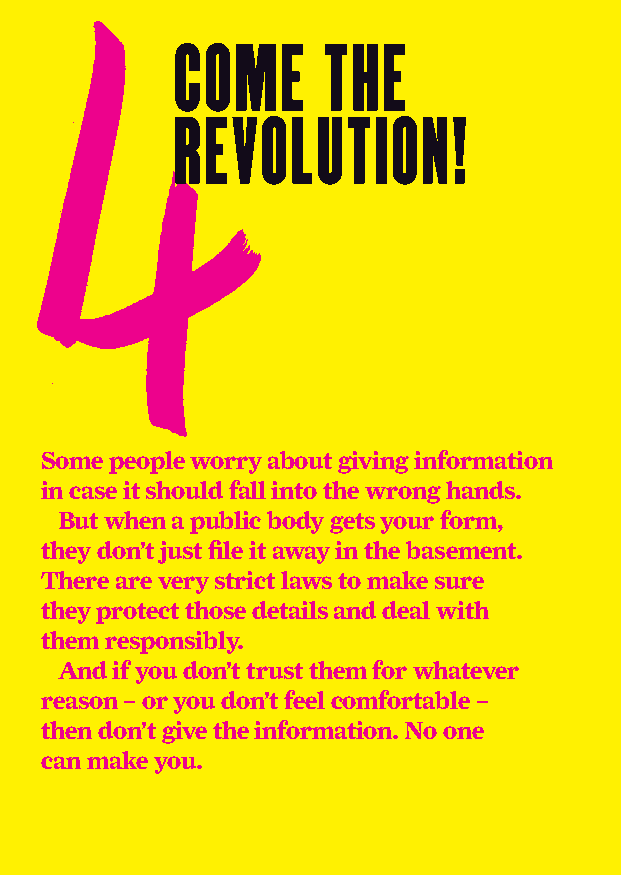
come      the
 revolution!
 Some people worry about giving information
 in case it should fall into the wrong hands.
 But when a public body gets your form,
 they don’t just file it away in the basement.
 There are very strict laws to make sure
 they protect those details and deal with
 them responsibly.
 And if you don’t trust them for whatever
 reason – or you don’t feel comfortable –
 then don’t give the information. No one
 can make you.
 STONEWALL_FINAL 7.indd 5          29/5/09 19:07:59